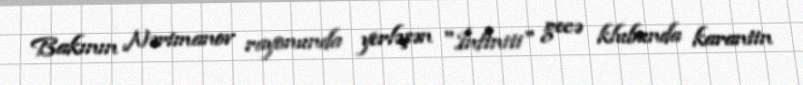
Bakının Nərimanov rayonunda yerləşən "İnfiniti" gecə klubunda karantin